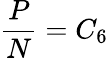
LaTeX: {\frac{P}{N}}=C_{6}